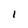
Character: I